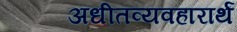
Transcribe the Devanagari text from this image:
अधीतव्यवहारार्थं